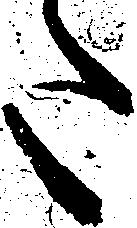
た